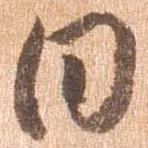
日